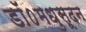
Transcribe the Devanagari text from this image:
डॉ०मधुसूदन